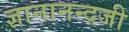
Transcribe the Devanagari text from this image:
ज्ञानानन्दजी